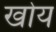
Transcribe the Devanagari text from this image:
खोय